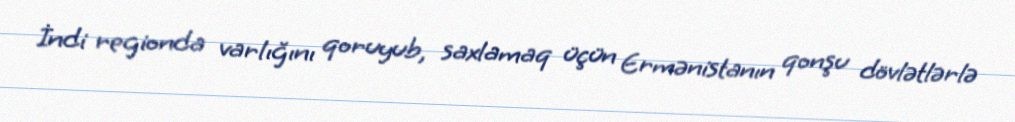
İndi regionda varlığını qoruyub, saxlamaq üçün Ermənistanın qonşu dövlətlərlə